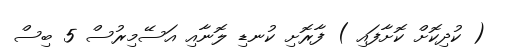
( ކުދިކޮށް ކޮށާފައި ) ފާރޮށި ކުނޑި ލޮނާއި އަސޭމިރުސް 5 ބިސް